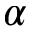
\alpha